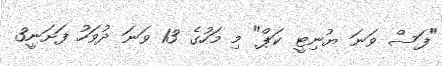
"ފަސް ވަނަ ޔުނިޓީ ކަޕް" މި މަހުގެ 13 ވަނަ ދުވަހު ފަށަނީ3